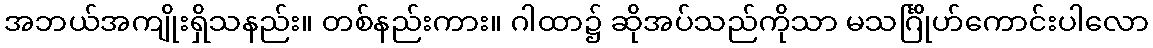
အဘယ်အကျိုးရှိသနည်း။ တစ်နည်းကား။ ဂါထာ၌ ဆိုအပ်သည်ကိုသာ မသင်္ဂြိုဟ်ကောင်းပါလော